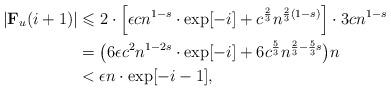
LaTeX: \begin{align*}|\textbf{F}_u(i+1)|&\leqslant 2\cdot \Bigl[\epsilon cn^{1-s}\cdot \exp[{-i}]+c^{ \frac 23}n^{\frac{2}{3}(1-s)}\Bigr]\cdot3cn^{1-s}\\&=\bigl(6\epsilon c^2n^{1-2s}\cdot\exp[{-i}]+ 6c^{ \frac 53}n^{\frac{2}{3}-\frac{5}{3}s}\bigr)n\\&<\epsilon n \cdot \exp[{-i-1}],\end{align*}